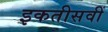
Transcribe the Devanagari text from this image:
इकतीसवीं